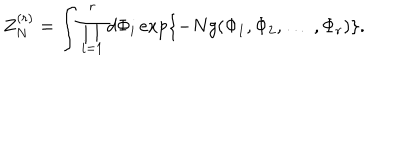
Z _ { N } ^ { ( r ) } = \int \prod _ { i = 1 } ^ { r } d \Phi _ { i } \exp \{ - N g ( \Phi _ { 1 } , \Phi _ { 2 } , \ldots \: , \Phi _ { r } ) \} .